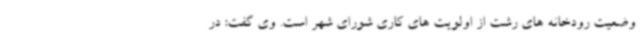
وضعیت رودخانه های رشت از اولویت های کاری شورای شهر است. وی گفت: در